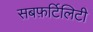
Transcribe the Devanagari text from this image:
सबफ़र्टिलिटी